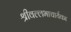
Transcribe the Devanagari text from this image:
श्रीवल्लभाचार्यका